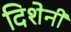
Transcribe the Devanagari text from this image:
दिशेनी